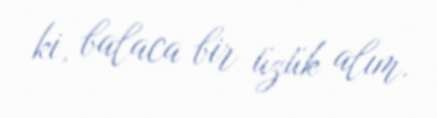
ki, balaca bir üzük alım.